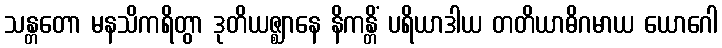
သန္တတော မနသိကရိတွာ ဒုတိယဇ္ဈာနေ နိကန္တိံ ပရိယာဒါယ တတိယာဓိဂမာယ ယောဂေါ